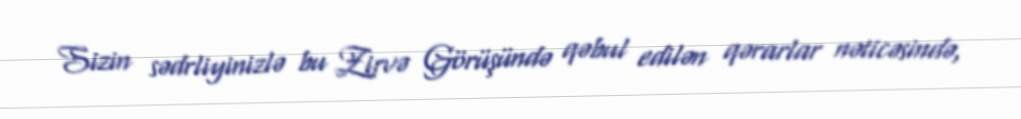
Sizin sədrliyinizlə bu Zirvə Görüşündə qəbul edilən qərarlar nəticəsində,